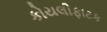
કોયલીફાટક